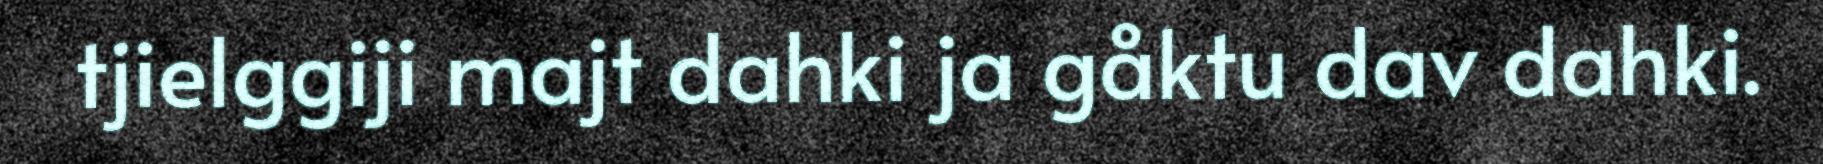
tjielggiji majt dahki ja gåktu dav dahki.